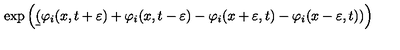
\exp \left( \b ( \varphi _ { i } ( x , t + \varepsilon ) + \varphi _ { i } ( x , t - \varepsilon ) - \varphi _ { i } ( x + \varepsilon , t ) - \varphi _ { i } ( x - \varepsilon , t ) ) \right)